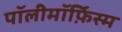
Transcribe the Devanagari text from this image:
पॉलीमॉर्फ़िस्म